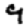
Digit: 9